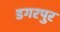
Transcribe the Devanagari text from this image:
डगरपुर